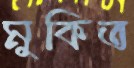
মুকিত